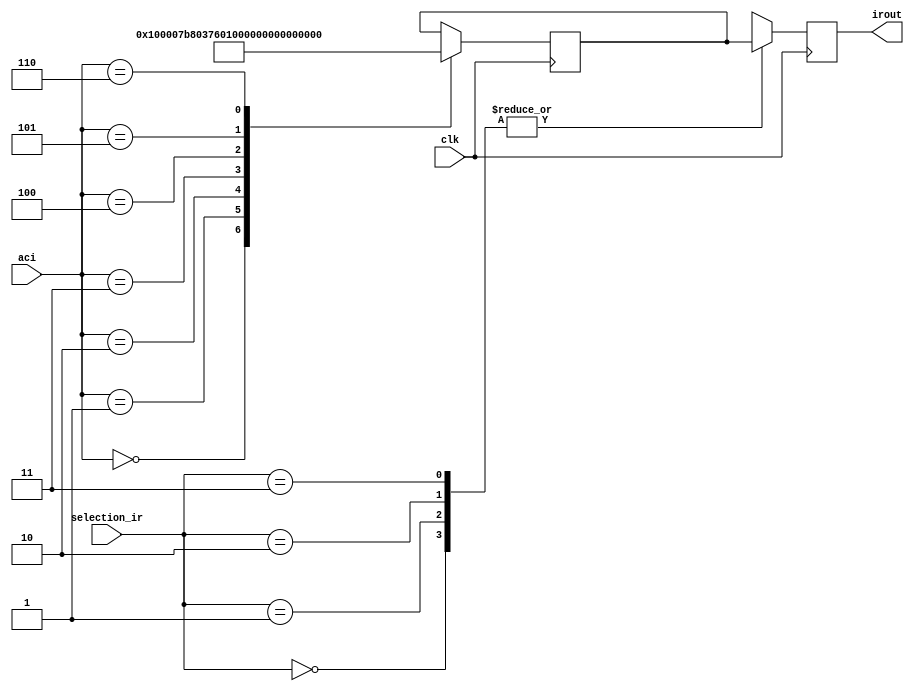
module inverse_r(clk, aci,selection_ir,irout);

input clk;
input [2:0] aci = 3'b000;
input [1:0] selection_ir ;
output signed [16:0] irout; 

reg signed [16:0] ir;
reg signed [16:0] ib00,ib01,ib10,ib11;

always@(posedge clk) begin

case (aci)

 3'b000 : begin
        ib00 <= 17'b0000001_0000000000; //Q7.10
        ib01 <= 17'b0000000_0000000000;
        ib10 <=  17'b0000000_0000000000;
        ib11 <=  17'b0000001_0000000000;
 end
 3'b001 : begin 
        ib00 <= 17'b0000000_1111011100;
        ib01 <= 17'b1111111_1011110110;
        ib10 <=  17'b0000000_0100001001;
        ib11 <=  17'b0000000_1111011100;
  end
  3'b010 : begin 
        ib00 <= 17'b0000000_1101110110;
        ib01 <= 17'b1111111_1000000000;
        ib10 <=  17'b0000000_1000000000;
        ib11 <=  17'b0000000_1101110110;
  end  
  3'b011 : begin 
        ib00 <= 17'b0000000_1011010011;
        ib01 <= 17'b1111111_0100101100;
        ib10 <=  17'b0000000_1011010011;
        ib11 <=  17'b0000000_1011010011;
  end 
  3'b100 : begin 
        ib00 <= 17'b0000000_1000000000;
        ib01 <= 17'b1111111_0010001001;
        ib10 <=  17'b0000000_1101110110;
        ib11 <=  17'b0000000_1000000000;
  end   
  3'b101 : begin 

        ib00 <= 17'b0000000_0100001001;
        ib01 <= 17'b1111111_0000100011;
        ib10 <=  17'b0000000_1111011100;
        ib11 <=  17'b0000000_0100001001;
  end  
  3'b110 : begin 
        ib00 <= 17'b0000000_0000000000;
        ib01 <= 17'b1111111_0000000000;
        ib10 <=  17'b0000001_0000000000;
        ib11 <=  17'b0000000_0000000000;         
  end
endcase
    
    case (selection_ir)
        2'b00 : ir<=ib00;
        2'b01 : ir<=ib00;
        2'b10 : ir<=ib00;
        2'b11 : ir<=ib00;
    endcase
end

assign irout=ir;


endmodule